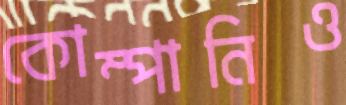
কোম্পানিও